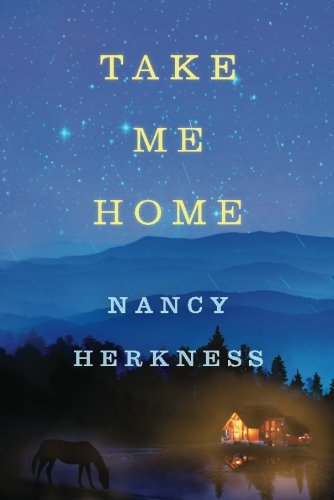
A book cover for Take Me Home (A Whisper Horse Novel); Nancy Herkness; Literature & Fiction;